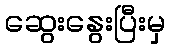
ဆွေးနွေးပြီးမှ